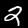
Digit: 2